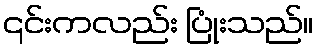
၎င်းကလည်း ပြုံးသည်။